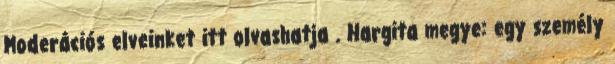
Moderációs elveinket itt olvashatja . Hargita megye: egy személy